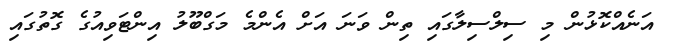
އަނެއްކޮޅުން މި ސިލްސިލާގައި ތިން ވަނަ އަށް އެންމެ މަގްބޫލު އިންޓަވިއުގެ ގޮތުގައި